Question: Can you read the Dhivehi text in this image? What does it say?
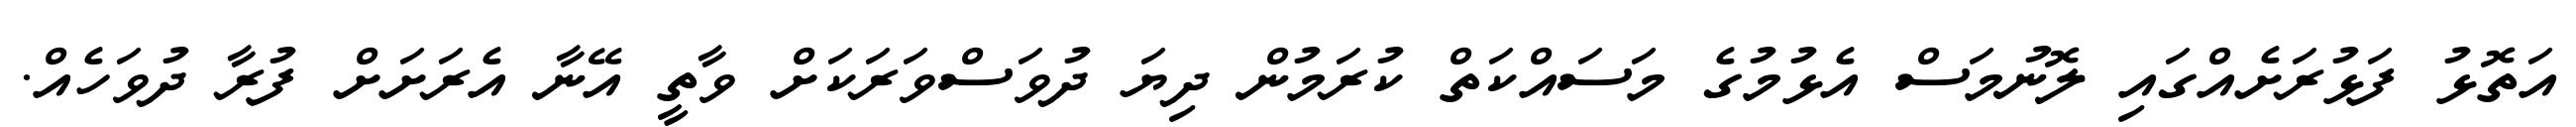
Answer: އަތޮޅު ފަޅުރަށެއްގައި ލޮނުމަސް އެޅުމުގެ މަސައްކަތް ކުރަމުން ދިޔަ ދުވަސްވަރަކަށް ވާތީ އޭނާ އެރަށަށް ފުރާ ދުވަހެއް.